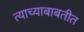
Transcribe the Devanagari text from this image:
त्याच्याबाबतीत